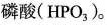
磷酸(HPO_{3})。